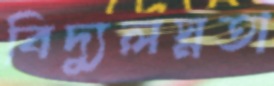
বিদ্যুলস্নতা